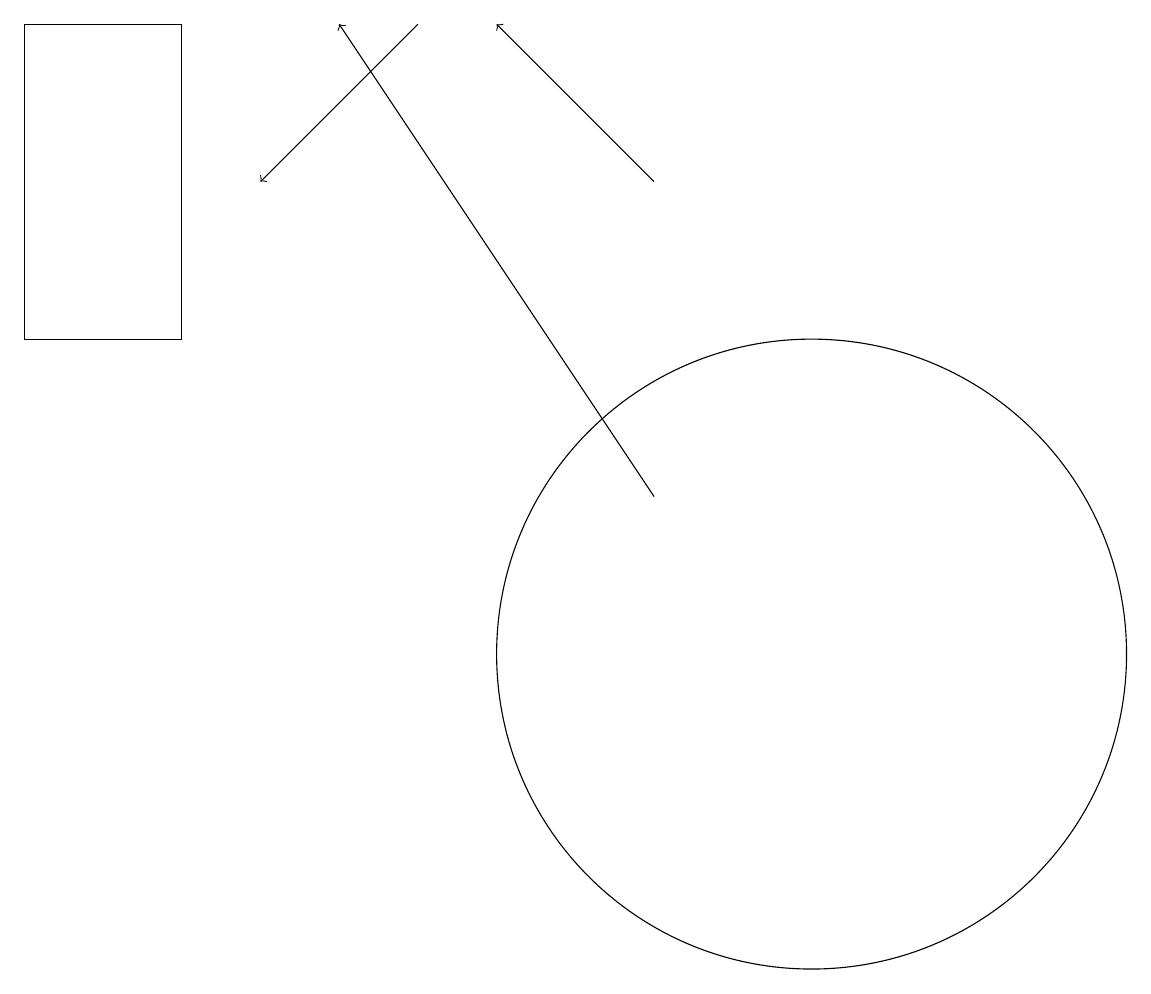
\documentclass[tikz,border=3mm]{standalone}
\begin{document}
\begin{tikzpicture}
\draw (0,18) rectangle (2,14);
\draw[->] (5,18) -- (3,16);
\draw[->] (8,12) -- (4,18);
\draw (10,10) circle (4);
\draw[->] (8,16) -- (6,18);
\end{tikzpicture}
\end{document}